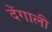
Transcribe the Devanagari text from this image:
देंगाली